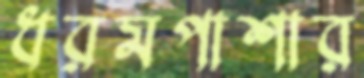
ধরমপাশার